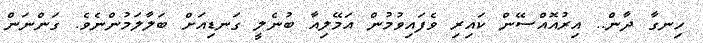
ހިނގާ ދާން.. އިރުއޮއްސޭން ކައިރި ވެފައިވުމުން އަމޭލިއާ ބުނެލީ ގަނޑިއަށް ބަލާލަމުންނެވެ. ގަންނަން